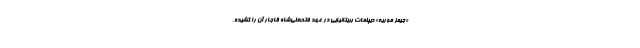
«جیمز موریه» دیپلمات بریتانیایی در عهد فتحعلی‌شاه قاجار آن را کشیده.